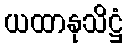
ယထာနုသိဋ္ဌံ